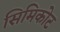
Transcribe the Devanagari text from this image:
सिमिकोट